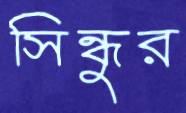
সিন্ধুর